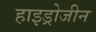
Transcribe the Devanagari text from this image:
हाइड्रोजीन